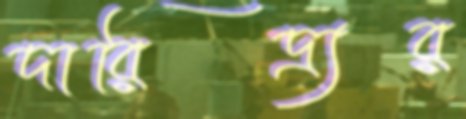
দারিদ্র্যর